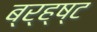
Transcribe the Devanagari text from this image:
ब्र्ह्ष्ट